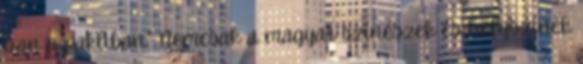
van a pakliban." Nemcsak a magyar színészek és helyszínek